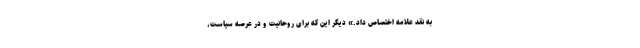
به نقد علامه اختصاص داد.» دیگر این که برای روحانیت و در عرصه سیاست،